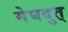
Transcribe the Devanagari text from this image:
मेघदुत्